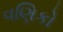
વણિકો